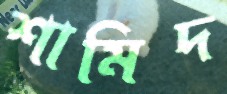
শামিদ